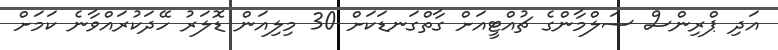
އަދި ޕްރިންސް ސަލްމާންގެ ޗުއްޓީއަށް ގާތްގަނޑަކަށް 30 މިލިއަން ޑޮލަރު ހޭދަކުރައްވާނެ ކަމަށް